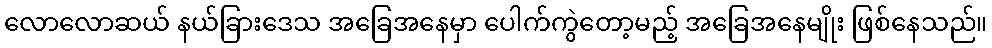
လောလောဆယ် နယ်ခြားဒေသ အခြေအနေမှာ ပေါက်ကွဲတော့မည့် အခြေအနေမျိုး ဖြစ်နေသည်။